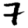
Digit: 7